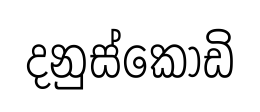
දනුස්කොඩි